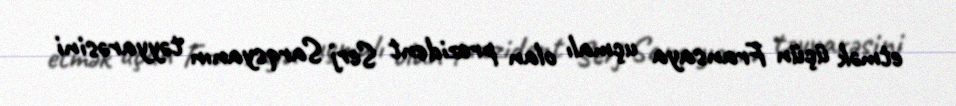
etmək üçün Fransaya uçmalı olan prezident Serj Sarqsyanın təyyarəsini